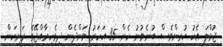
ޖުމްލަ އެކު ކުރިންވެސް ބުނެވުނު ހެން 35 އަހަރު ވަންދެން ދިވެހިރާއްޖޭގެ ރަނިކަން